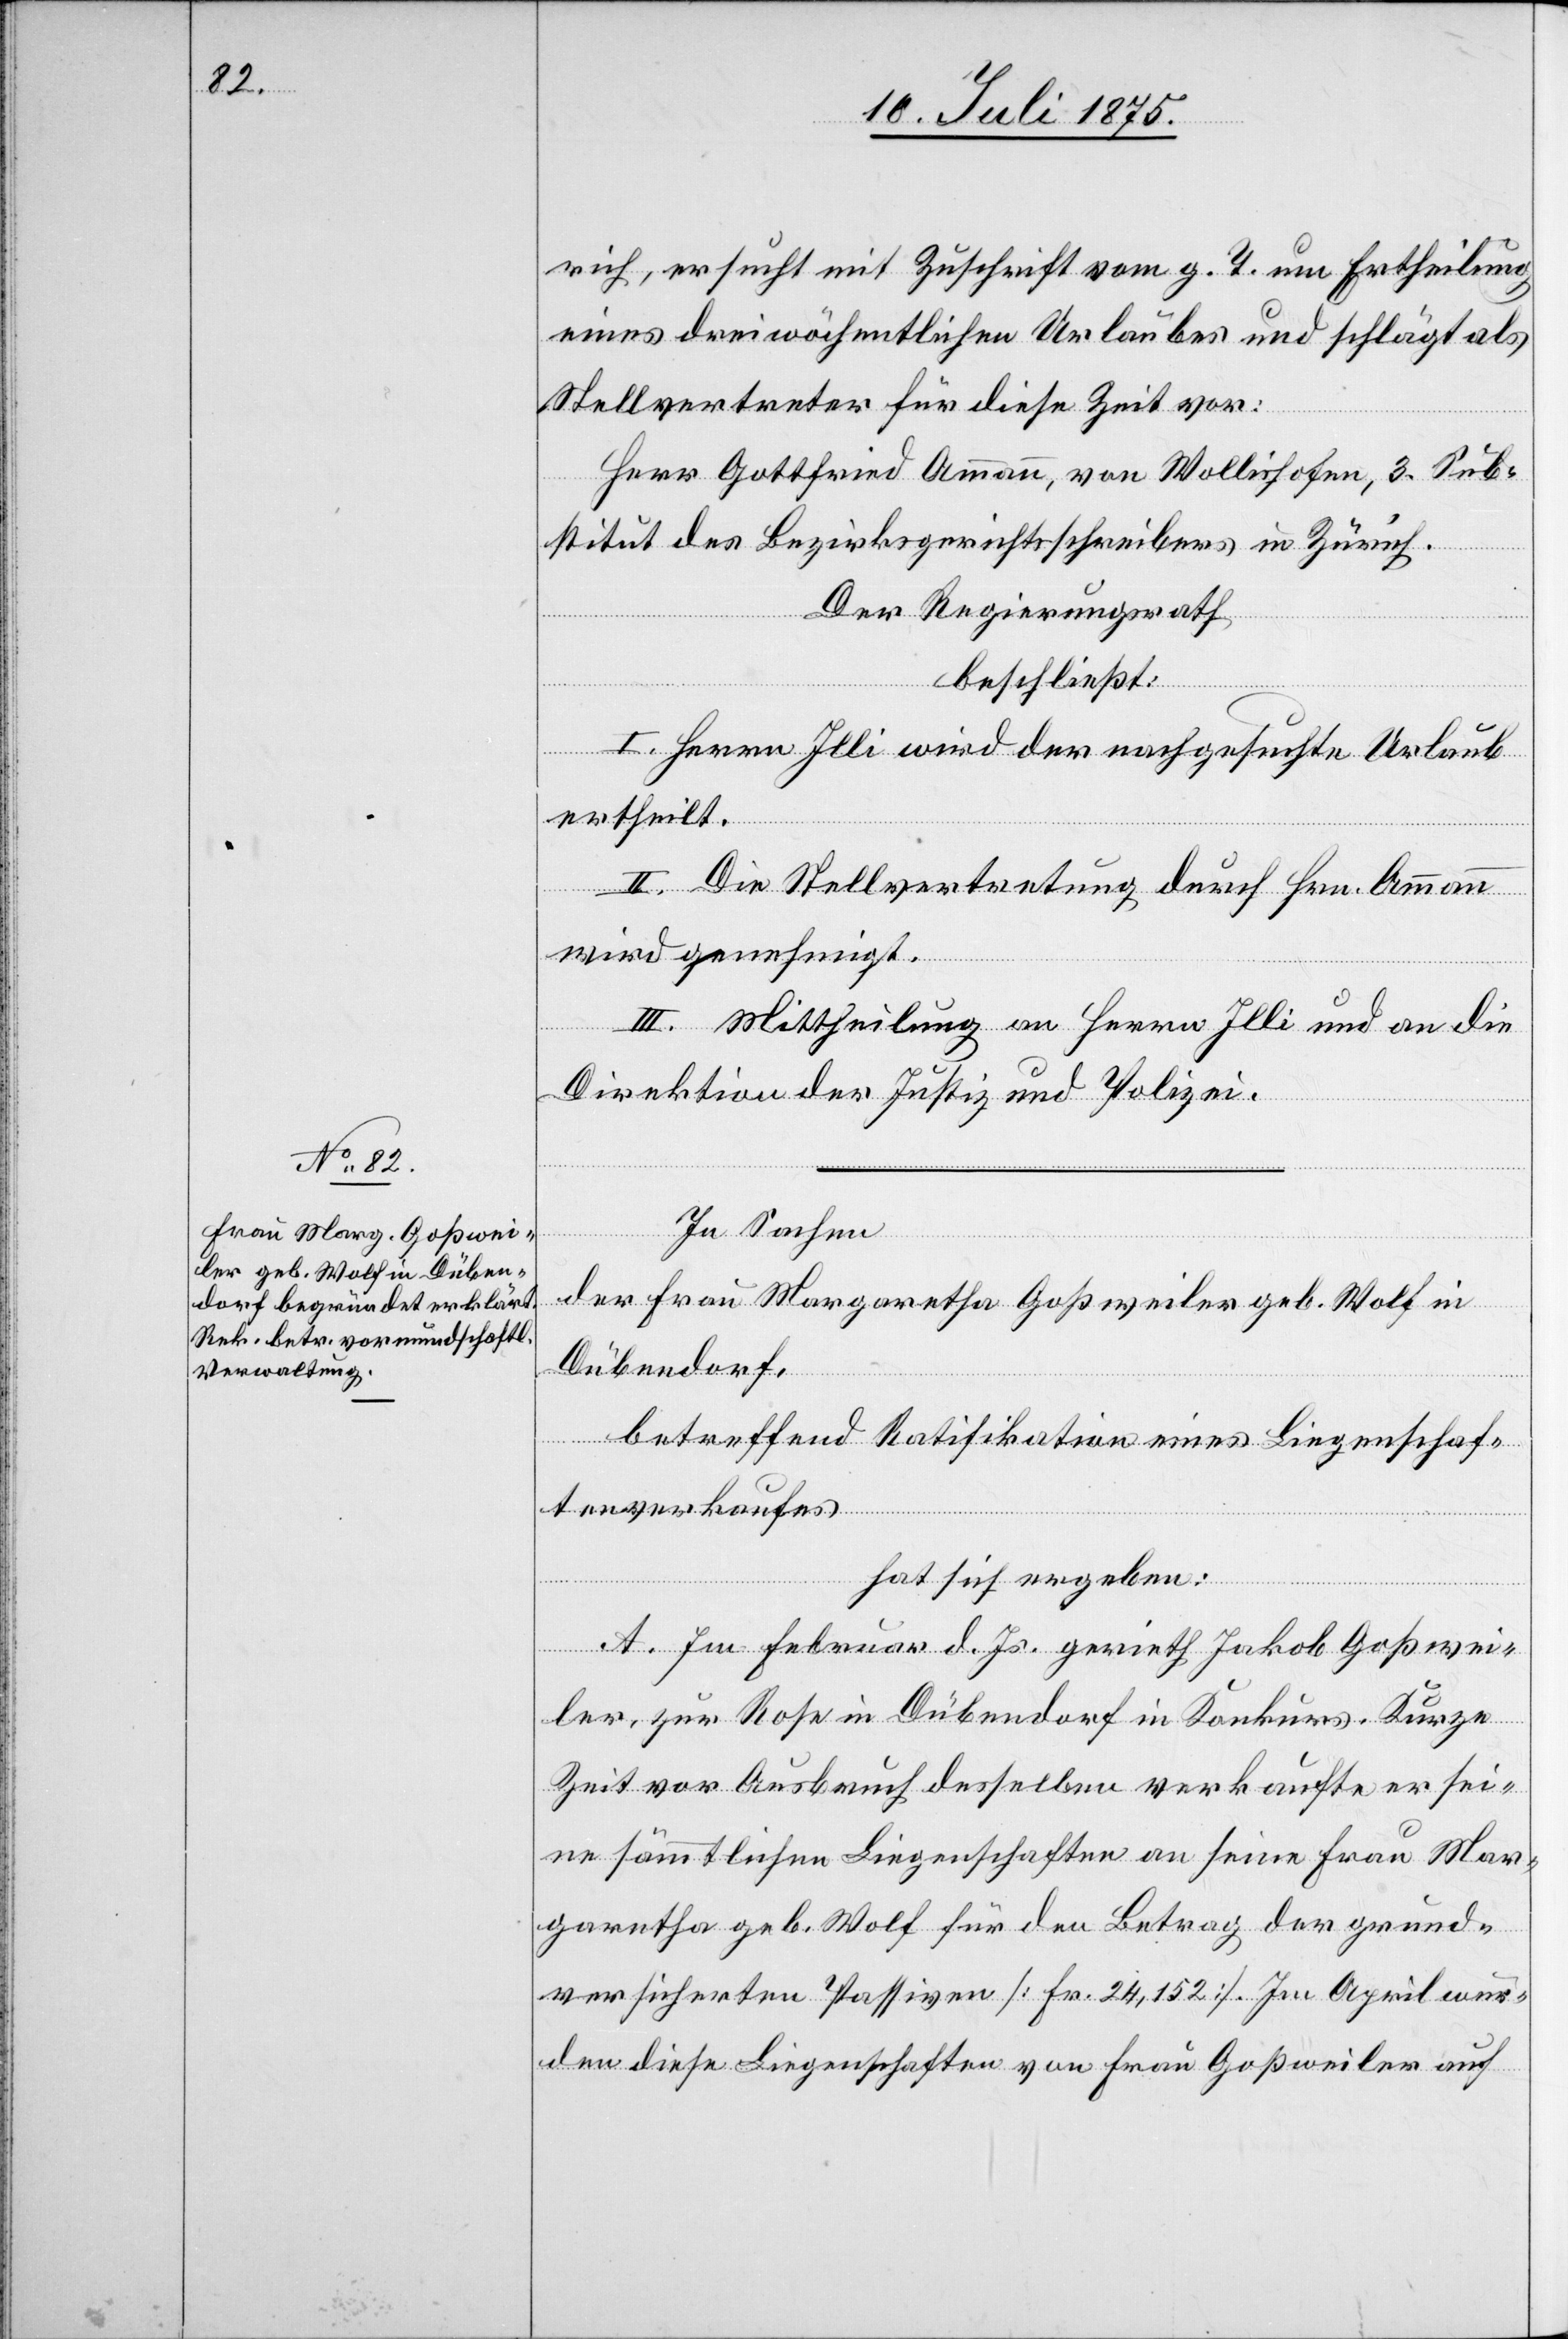
rich, ersucht mit Zuschrift vom g. T. um Ertheilung
eines dreiwöchentlichen Urlaubes und schlägt als
Stellvertreter für diese Zeit vor:
Herr Gottfried Ammann, von Wollishofen, 3. Sub¬
stitut des Bezirksgerichtsschreibers in Zürich.
Der Regierungsrath,
beschließt:
I. Herr Illi wird der nachgesuchte Urlaub
ertheilt.
II. Die Stellvertretung durch Hrn. Ammann
wird genehmigt.
III. Mittheilung an Herrn Illi und an die
Direktion der Justiz und Polizei.